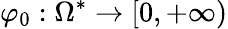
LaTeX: \varphi_{0}:\Omega^{*}\rightarrow[0,+\infty)